Annual report of the Central Committee of the Association together with the report of the directors of the Pasteur Institute at Kasauli
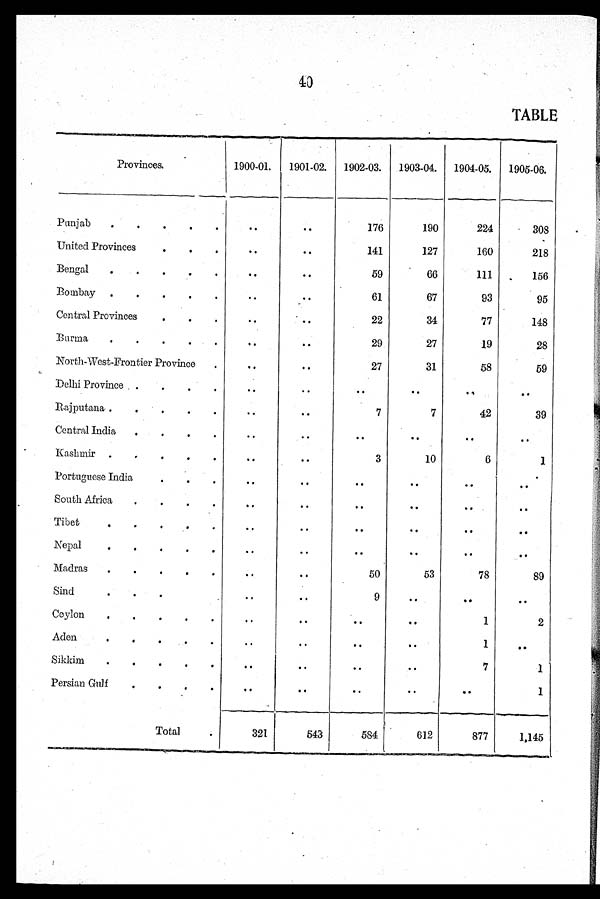
TABLE
Provinces.
1900-01.
1901-02.
1902-03.
1903-04.
1904-05.
1905-06.
Punjab
..
..
176
190
224
308
United Provinces
..
..
141
127
160
218
Bengal
..
..
59
66
111
156
Bombay
..
..
61
67
93
95
Central Provinces
. . ..
2 2
34
77
148
Burma
. .
. .
2 9
27
19
28
North-West-Frontier Province
..
..
27
31
58
59
Delhi Province
..
..
..
..
. .
. .
Rajputana
..
. .
7
7
42
39
Central India
..
. .
. .
. .
. .
. .
Kashmir
..
. .
3
10
6
1
Portuguese India
..
..
..
..
. .
. .
South Africa
..
..
..
..
. .
. .
Tibet
. .
. .
. .
. .
. .
. .
Nepal
..
..
. .
. .
. .
. .
Madras
..
..
5 0
53
78
89
Sind
..
..
9
..
..
. .
Ceylon
..
..
..
. .
1
2
Aden
..
..
..
..
1
..
Sikkim
..
..
..
..
7
1
Persian Gulf
. .
..
..
..
..
1
Total
321
543
584
612
877
1,145